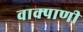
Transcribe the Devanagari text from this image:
वाक्पाणी